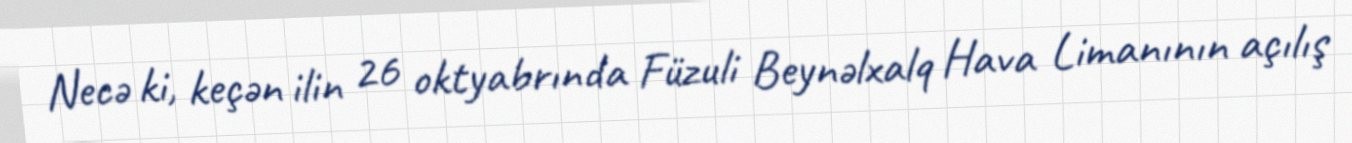
Necə ki, keçən ilin 26 oktyabrında Füzuli Beynəlxalq Hava Limanının açılış